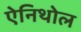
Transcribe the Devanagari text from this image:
ऐनिथोल